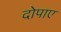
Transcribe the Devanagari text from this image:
दोपाए